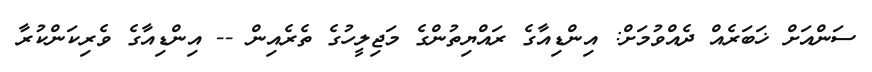
ސަންއަށް ޚަބަރެއް ދެއްވުމަށް: އިންޑިއާގެ ރައްޔިތުންގެ މަޖިލީހުގެ ތެރެއިން -- އިންޑިއާގެ ވެރިކަންކުރާ